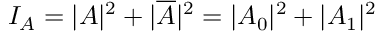
I _ { A } = | A | ^ { 2 } + | \overline { { A } } | ^ { 2 } = | A _ { 0 } | ^ { 2 } + | A _ { 1 } | ^ { 2 }